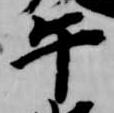
午